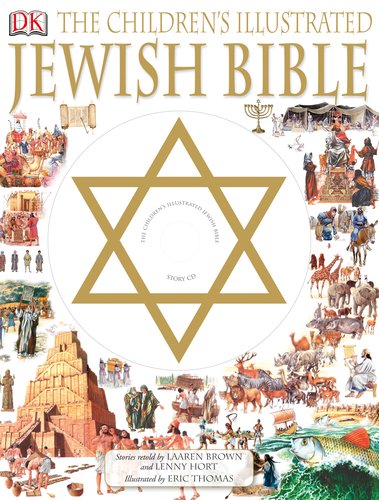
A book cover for Children's Illustrated Jewish Bible; Laaren Brown; Children's Books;